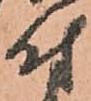
付